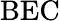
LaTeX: \mathrm{BEC}